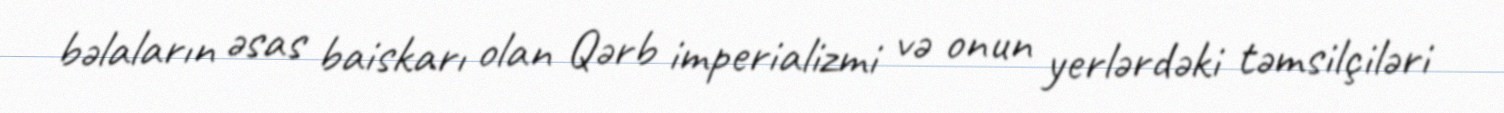
bəlaların əsas baiskarı olan Qərb imperializmi və onun yerlərdəki təmsilçiləri